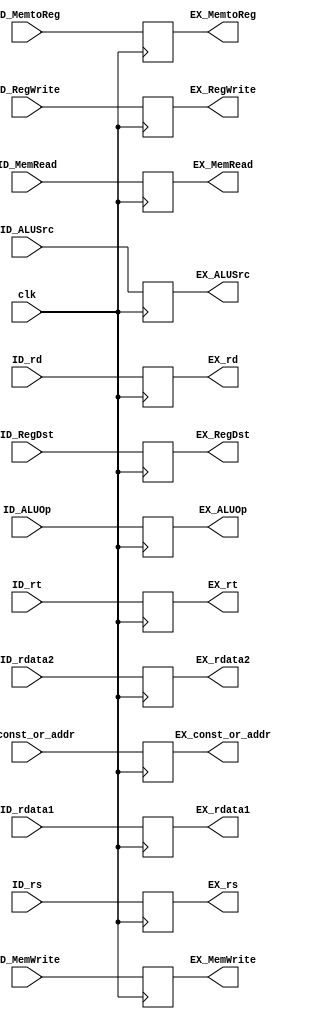
module ID_EX(clk, ID_RegDst, ID_RegWrite, ID_MemRead, ID_MemWrite, ID_ALUSrc, ID_MemtoReg, ID_ALUOp, ID_rdata1, ID_rdata2, ID_const_or_addr, ID_rs, ID_rt, ID_rd, 
				  EX_RegDst, EX_RegWrite, EX_MemRead, EX_MemWrite, EX_ALUSrc, EX_MemtoReg, EX_ALUOp, EX_rdata1, EX_rdata2, EX_const_or_addr, EX_rs, EX_rt, EX_rd);
	input			clk;

	input			ID_RegDst;
	input			ID_RegWrite;
	input			ID_MemRead;
	input			ID_MemWrite;
	input			ID_ALUSrc;
	input			ID_MemtoReg;
	input	[1:0]	ID_ALUOp;
	input	[31:0]	ID_rdata1;
	input	[31:0]	ID_rdata2;
	input	[31:0]	ID_const_or_addr;
	input	[4:0]	ID_rs;
	input	[4:0]	ID_rt;
	input	[4:0]	ID_rd;

	output			EX_RegDst;
	output			EX_RegWrite;
	output			EX_MemRead;
	output			EX_MemWrite;
	output			EX_ALUSrc;
	output			EX_MemtoReg;
	output	[1:0]	EX_ALUOp;
	output	[31:0]	EX_rdata1;
	output	[31:0]	EX_rdata2;
	output	[31:0]	EX_const_or_addr;
	output	[4:0]	EX_rs;
	output	[4:0]	EX_rt;
	output	[4:0]	EX_rd;

	reg				RegDst;
	reg				RegWrite;
	reg				MemRead;
	reg				MemWrite;
	reg				ALUSrc;
	reg				MemtoReg;
	reg		[1:0]	ALUOp;
	reg		[31:0]	rdata1;
	reg		[31:0]	rdata2;
	reg		[31:0]	const_or_addr;
	reg		[4:0]	rs;
	reg		[4:0]	rt;
	reg		[4:0]	rd;

	initial begin
		RegDst			=	0;
		RegWrite		=	0;
		MemRead			=	0;
		MemWrite		=	0;
		ALUSrc			=	0;
		MemtoReg		=	0;
		ALUOp			=	0;
		rdata1			=	0;
		rdata2			=	0;
		const_or_addr	=	0;
		rs				=	0;
		rt				=	0;
		rd				=	0;
	end

	always @(posedge clk) begin
		RegDst			<=	ID_RegDst;
		RegWrite		<=	ID_RegWrite;
		MemRead			<=	ID_MemRead;
		MemWrite		<=	ID_MemWrite;
		ALUSrc			<=	ID_ALUSrc;
		MemtoReg		<=	ID_MemtoReg;
		ALUOp			<=	ID_ALUOp;
		rdata1			<=	ID_rdata1;
		rdata2			<=	ID_rdata2;
		const_or_addr	<=	ID_const_or_addr;
		rs				<=	ID_rs;
		rt				<=	ID_rt;
		rd				<=	ID_rd;
	end

	assign EX_RegDst		=	RegDst;
	assign EX_RegWrite		=	RegWrite;
	assign EX_MemRead		=	MemRead;
	assign EX_MemWrite		=	MemWrite;
	assign EX_ALUSrc		=	ALUSrc;
	assign EX_MemtoReg		=	MemtoReg;
	assign EX_ALUOp			=	ALUOp;
	assign EX_rdata1		=	rdata1;
	assign EX_rdata2		=	rdata2;
	assign EX_const_or_addr	=	const_or_addr;
	assign EX_rs			=	rs;
	assign EX_rt			=	rt;
	assign EX_rd			=	rd;
endmodule